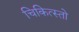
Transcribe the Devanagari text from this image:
चिकित्स्तो